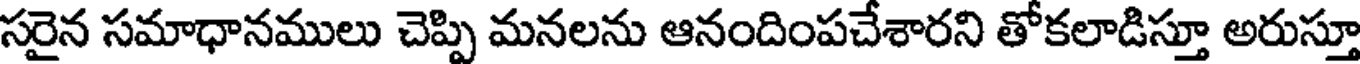
సరైన సమాధానములు చెప్పి మనలను ఆనందింపచేశారని తోకలాడిస్తూ అరుస్తూ